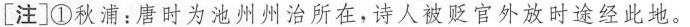
[注]①秋浦：唐时为池州州治所在，诗人被贬官外放时途经此地。